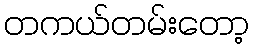
တကယ်တမ်းတော့